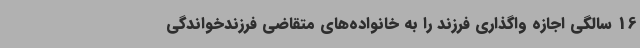
16 سالگی اجازه واگذاری فرزند را به خانواده‌های متقاضی فرزندخواندگی